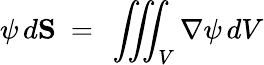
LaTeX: \psi\, d\mathbf{S}\ =\ \iiint_{V}\nabla\psi\, dV